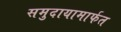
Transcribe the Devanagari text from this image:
समुदायामार्फत